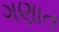
ગણાત